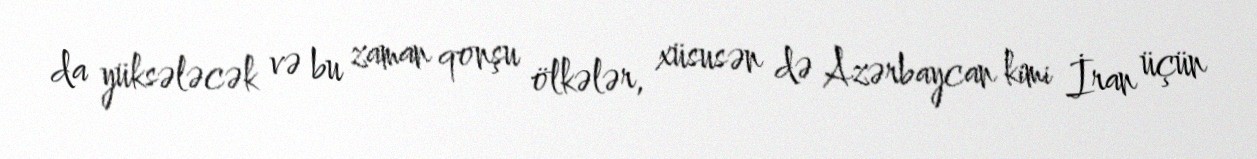
da yüksələcək və bu zaman qonşu ölkələr, xüsusən də Azərbaycan kimi İran üçün